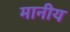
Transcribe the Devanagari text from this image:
मानीय